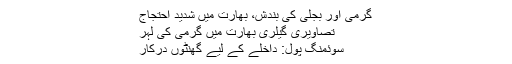
گرمی اور بجلی کی بندش، بھارت میں شدید احتجاج
تصاویری گیلری بھارت میں گرمی کی لہر
سوئمنگ پول: داخلے کے لیے گھنٹوں درکار